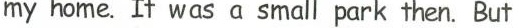
my home. It was a small park then. But